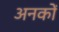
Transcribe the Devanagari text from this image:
अनकों